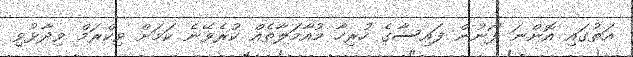
އަތުގައި އޮންނަ ފޯނުން ފައިސާގެ ހުރިހާ މުއާމަލާތެއް ކުރެވޭނެ ކަމަށް ވިކްރަމް ވިދާޅުވި